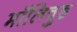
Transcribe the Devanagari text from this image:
मॉलिवुड